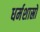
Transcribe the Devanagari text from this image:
धर्मशास्रों